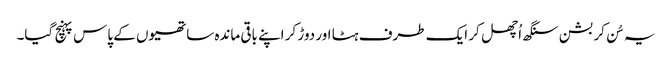
یہ سُن کر بشن سنگھ اُچھل کر ایک طرف ہٹا اور دوڑ کر اپنے باقی ماندہ ساتھیوں کے پاس پہنچ گیا۔